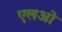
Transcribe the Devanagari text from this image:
एलओ